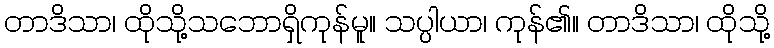
တာဒိသာ၊ ထိုသို့သဘောရှိကုန်မူ။ သပ္ပါယာ၊ ကုန်၏။ တာဒိသာ၊ ထိုသို့